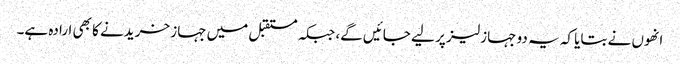
انھوں نے بتایا کہ یہ دو جہاز لیز پر لیے جائیں گے، جبکہ مستقبل میں جہاز خریدنے کا بھی ارادہ ہے۔